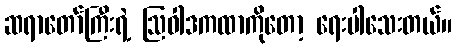
ဆရာတော်ကြီးရဲ့ ဩဝါဒကထာကိုတော့ ရေးပါသေးတယ်။